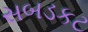
સબડકટ